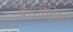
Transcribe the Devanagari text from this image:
पैरामेट्रिक